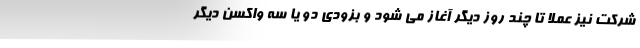
شرکت نیز عملا تا چند روز دیگر آغاز می شود و بزودی دو یا سه واکسن دیگر